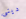
دينى